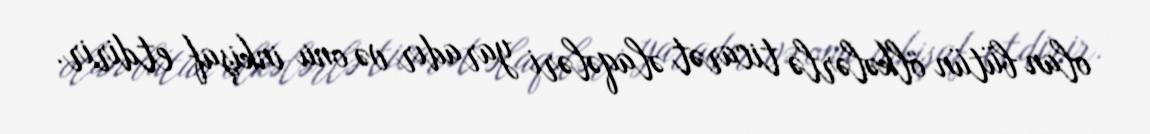
olan bütün ölkələrlə ticarət əlaqələri yaradır və onu inkişaf etdirir.